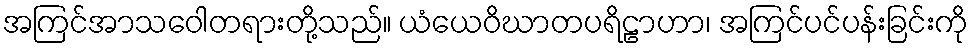
အကြင်အာသဝေါတရားတို့သည်။ ယံယေဝိဃာတပရိဠာဟာ၊ အကြင်ပင်ပန်းခြင်းကို